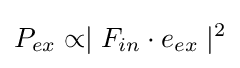
P_{ex}\propto \mid F_{in}\cdot e_{ex}\mid ^{2}